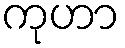
ကုဟာ